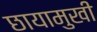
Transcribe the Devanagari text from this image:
छायामुखी